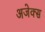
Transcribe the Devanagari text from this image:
अजेक्स